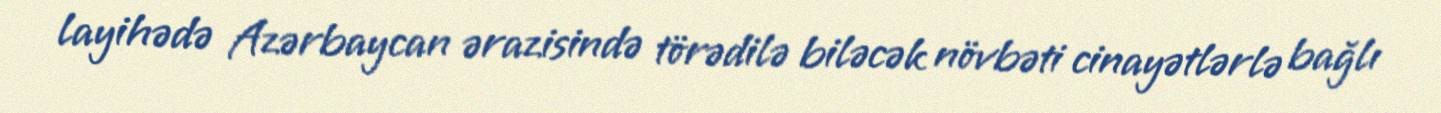
layihədə Azərbaycan ərazisində törədilə biləcək növbəti cinayətlərlə bağlı